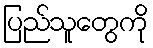
ပြည်သူတွေကို